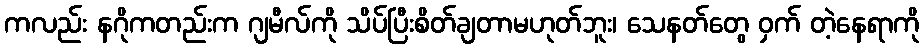
ကလည်း နဂိုကတည်းက ဂျမီလ်ကို သိပ်ပြီးစိတ်ချတာမဟုတ်ဘူး၊ သေနတ်တွေ ဝှက် တဲ့နေရာကို